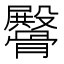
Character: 𩪡